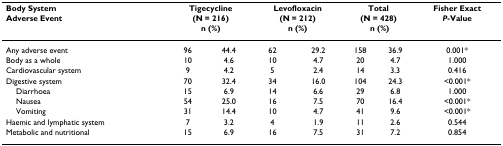
| Body System | <COLSPAN=2> Tigecycline | <COLSPAN=2> Levofloxacin | <COLSPAN=2> Total | Fisher Exact |
 | Adverse Event | <COLSPAN=2> (N = 216) n (%) | <COLSPAN=2> (N = 212) n (%) | <COLSPAN=2> (N = 428) n (%) | P-Value |
 | --- | --- | --- | --- | --- | --- | --- | --- |
 | Any adverse event | 96 | 44.4 | 62 | 29.2 | 158 | 36.9 | 0.001* |
 | Body as a whole | 10 | 4.6 | 10 | 4.7 | 20 | 4.7 | 1.000 |
 | Cardiovascular system | 9 | 4.2 | 5 | 2.4 | 14 | 3.3 | 0.416 |
 | Digestive system | 70 | 32.4 | 34 | 16.0 | 104 | 24.3 | <0.001* |
 | Diarrhoea | 15 | 6.9 | 14 | 6.6 | 29 | 6.8 | 1.000 |
 | Nausea | 54 | 25.0 | 16 | 7.5 | 70 | 16.4 | <0.001* |
 | Vomiting | 31 | 14.4 | 10 | 4.7 | 41 | 9.6 | <0.001* |
 | Haemic and lymphatic system | 7 | 3.2 | 4 | 1.9 | 11 | 2.6 | 0.544 |
 | Metabolic and nutritional | 15 | 6.9 | 16 | 7.5 | 31 | 7.2 | 0.854 |